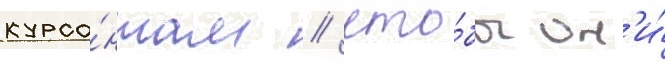
курса́нтам / что́бы он'и́